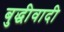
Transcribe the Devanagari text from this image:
बुद्धीवादी